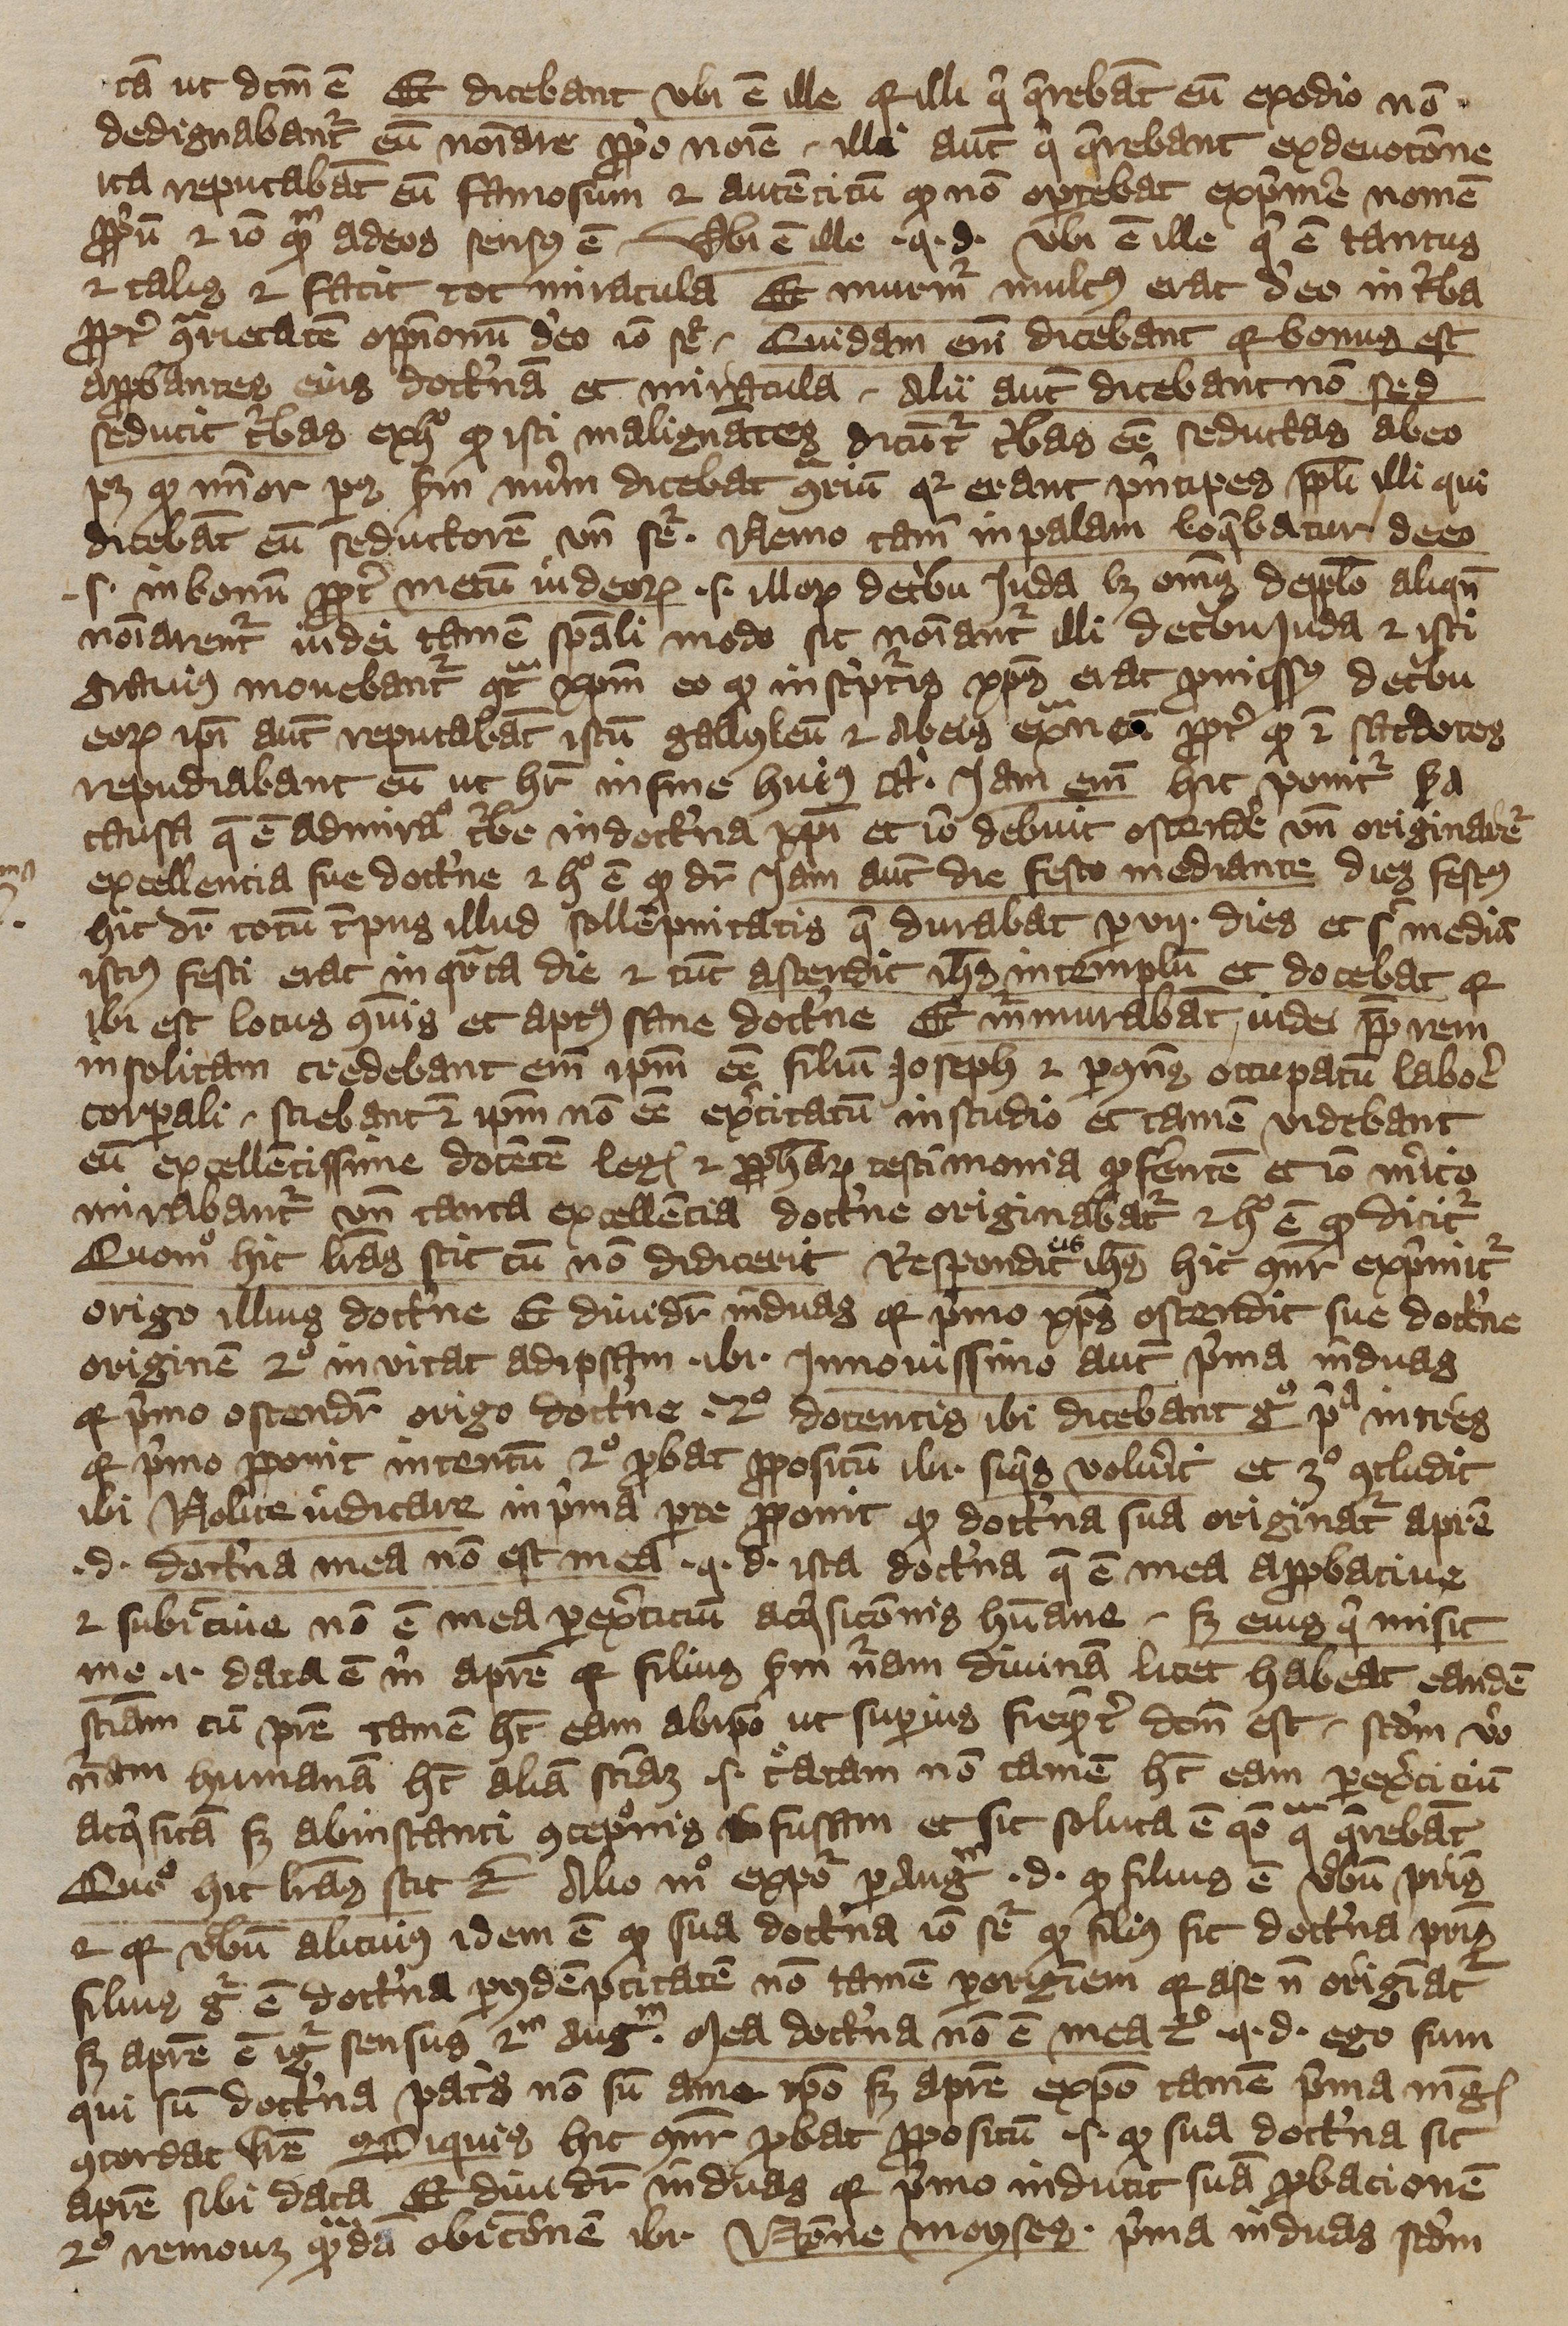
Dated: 1392–1393